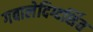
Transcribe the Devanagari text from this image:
गबालेदिग्दर्शित